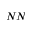
N N